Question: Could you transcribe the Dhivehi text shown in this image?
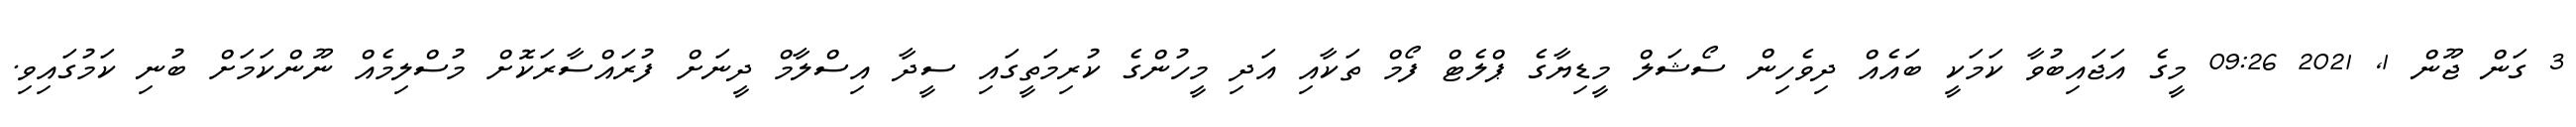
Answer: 3 ގަން ޖޫން 1, 2021 09:26 މީގެ އަޖައިބުވާ ކަމަކީ ބައެއް ދިވެހިން ސޯޝަލް މީޑިޔާގެ ޕްލެޓް ފޯމް ތަކާއި އަދި މީހުންގެ ކުރިމަތީގައި ސީދާ އިސްލާމް ދީނަށް ފުރައްސާރަކޮށް މުސްލިމެއް ނޫންކަމަށް ބުނި ކަމުގައިވި.